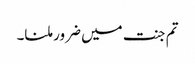
تم جنت میں ضرور ملنا۔